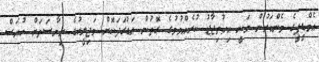
އެމްޑީޕީގެ މެންބަރުން ވަނީ އިހުތިޖާޖު ކުރެއްވުމުގެ ގޮތުން އަޑުގަދަކޮށް މަޖިލީހުގެ ރިޔާސަތަށް ހުރަސް